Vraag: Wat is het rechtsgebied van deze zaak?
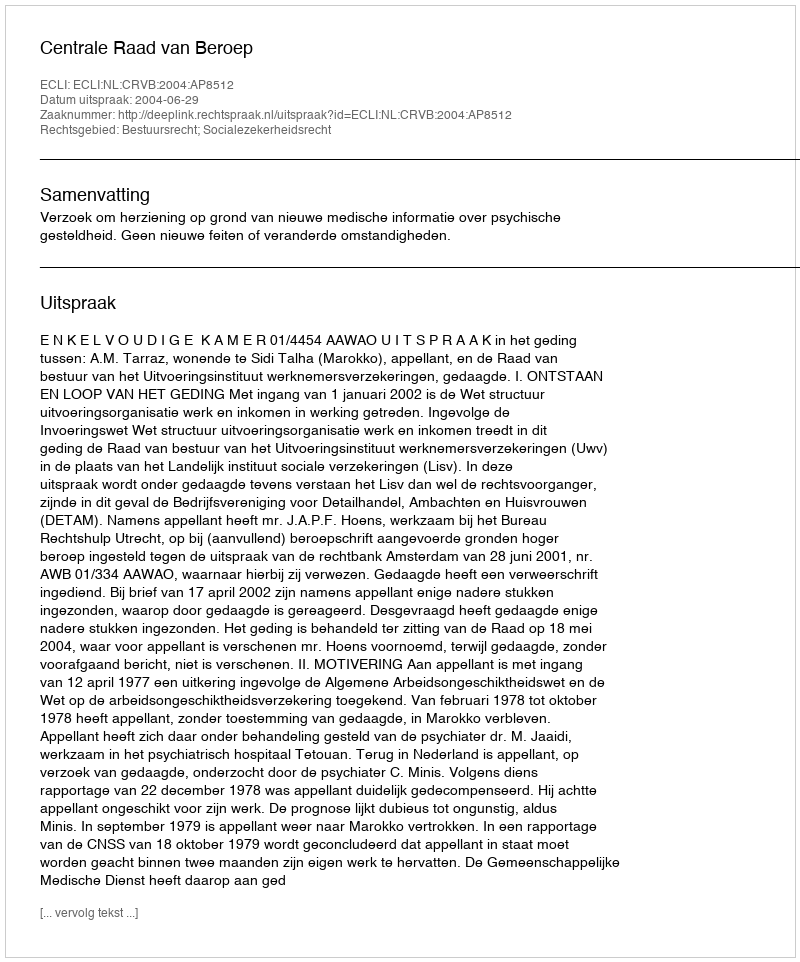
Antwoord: Bestuursrecht; Socialezekerheidsrecht